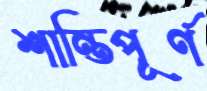
শান্তিপূর্ণ